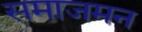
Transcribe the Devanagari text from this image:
समाजमन